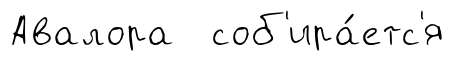
Авалора соб'ира́етс'я